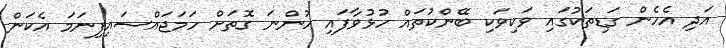
އަދި އެހެން ގަޑިތަކުގައި ވަކިވަކި ބޭންކުތައް ހުޅުވާފައި ހުންނަ ގޮތަށް ހަމަޖައްސައިފިނަމަ އެކަން